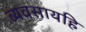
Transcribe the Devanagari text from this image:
व्यवसायहि